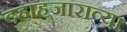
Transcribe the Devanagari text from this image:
दहाहजाराव्या